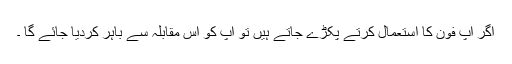
اگر آپ فون کا استعمال کرتے پکڑے جاتے ہیں تو آپ کو اس مقابلہ سے باہر کردیا جائے گا ۔